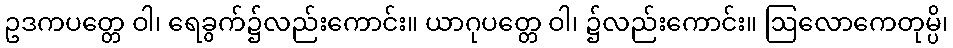
ဥဒကပတ္တေ ဝါ၊ ရေခွက်၌လည်းကောင်း။ ယာဂုပတ္တေ ဝါ၊ ၌လည်းကောင်း။ ဩလောကေတုမ္ပိ၊